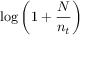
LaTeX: \log \left( 1 + { \frac { N } { n _ { t } } } \right)